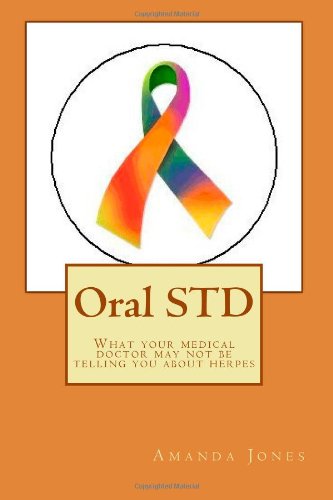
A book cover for Oral STD: What your medical doctor may not be telling you about herpes; Ms Amanda Jones; Health, Fitness & Dieting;